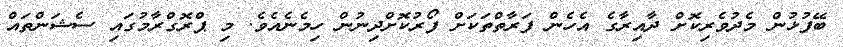
ބޭފުޅުން މެދުވެރިކޮށް ދާއިރާގެ އެހެން ފަރާތްތަކަށް ފޯރުކޮށްދިނުން ހިމެނެއެވެ. މި ޕްރޮގްރާމުގައި ސެޝަންތައް